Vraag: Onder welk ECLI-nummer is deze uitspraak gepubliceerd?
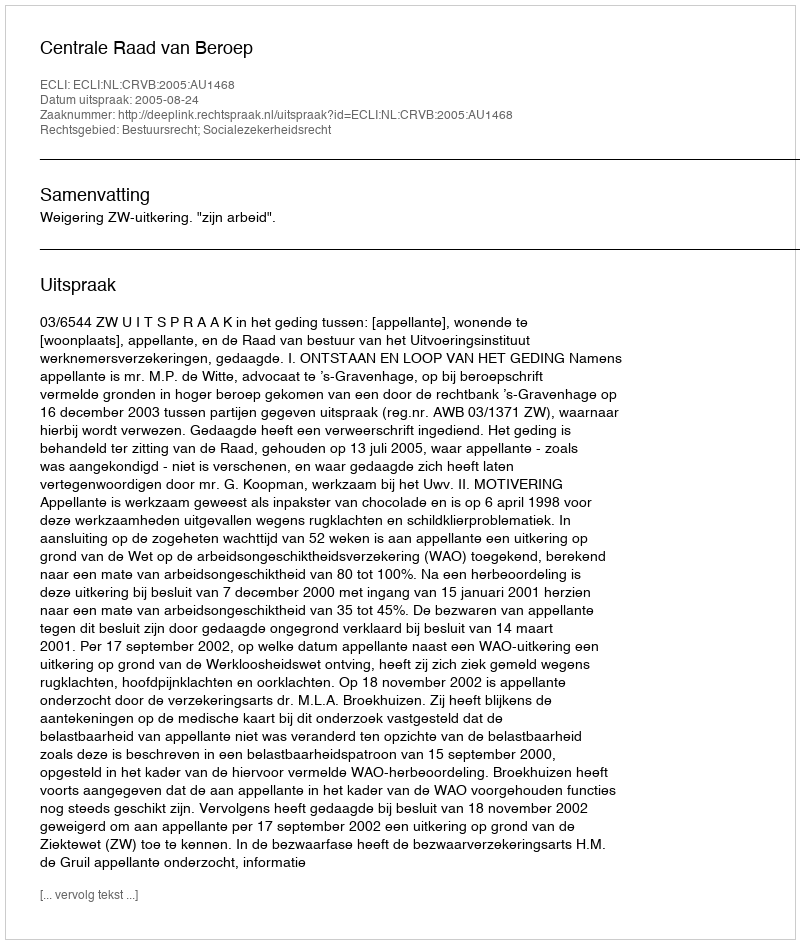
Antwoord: ECLI:NL:CRVB:2005:AU1468